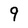
Character: 9